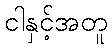
ငါနှင့်အတူ